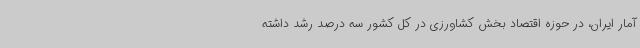
آمار ایران، در حوزه اقتصاد بخش کشاورزی در کل کشور سه درصد رشد داشته